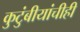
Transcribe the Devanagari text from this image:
कुटुंबीयांचीही